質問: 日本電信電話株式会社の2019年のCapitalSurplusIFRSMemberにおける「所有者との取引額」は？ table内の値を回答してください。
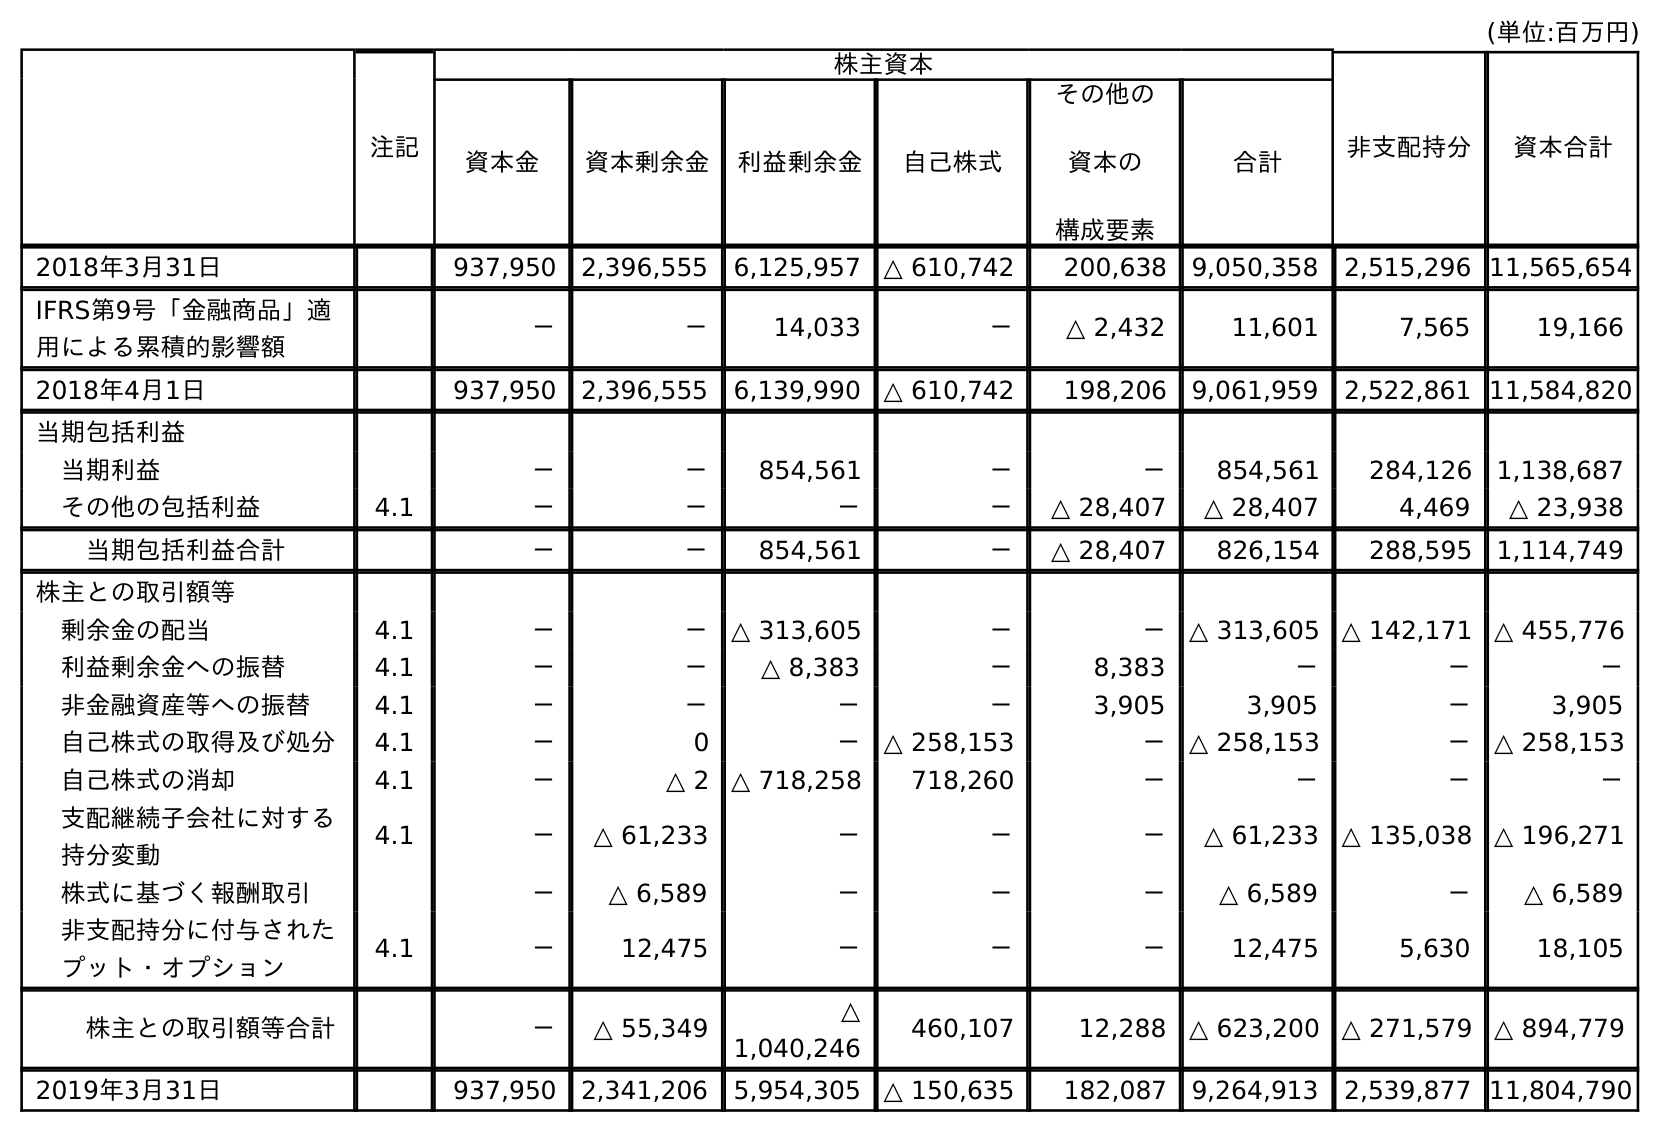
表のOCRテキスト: (単位:百万円) 注記 株主資本 非支配持分 資本合計 資本金 資本剰余金 利益剰余金 自己株式 その他の 資本の 構成要素 合計 2018年3月31日 937,950 2,396,555 6,125,957 △ 610,742 200,638 9,050,358 2,515,296 11,565,654 IFRS第9号「金融商品」適 用による累積的影響額 － － 14,033 － △ 2,432 11,601 7,565 19,166 2018年4月1日 937,950 2,396,555 6,139,990 △ 610,742 198,206 9,061,959 2,522,861 11,584,820 当期包括利益 当期利益 － － 854,561 － － 854,561 284,126 1,138,687 その他の包括利益 4.1 － － － － △ 28,407 △ 28,407 4,469 △ 23,938 当期包括利益合計 － － 854,561 － △ 28,407 826,154 288,595 1,114,749 株主との取引額等 剰余金の配当 4.1 － － △ 313,605 － － △ 313,605 △ 142,171 △ 455,776 利益剰余金への振替 4.1 － － △ 8,383 － 8,383 － － － 非金融資産等への振替 4.1 － － － － 3,905 3,905 － 3,905 自己株式の取得及び処分 4.1 － 0 － △ 258,153 － △ 258,153 － △ 258,153 自己株式の消却 4.1 － △ 2 △ 718,258 718,260 － － － － 支配継続子会社に対する 持分変動 4.1 － △ 61,233 － － － △ 61,233 △ 135,038 △ 196,271 株式に基づく報酬取引 － △ 6,589 － － － △ 6,589 － △ 6,589 非支配持分に付与された プット・オプション 4.1 － 12,475 － － － 12,475 5,630 18,105 株主との取引額等合計 － △ 55,349 △ 1,040,246 460,107 12,288 △ 623,200 △ 271,579 △ 894,779 2019年3月31日 937,950 2,341,206 5,954,305 △ 150,635 182,087 9,264,913 2,539,877 11,804,790
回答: △55,349